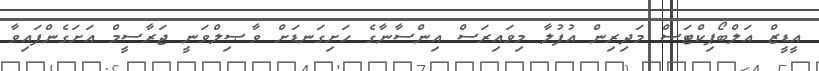
އީޑީޒް އަލްބޯޕިކްޓަސް މަދިރިން އުފުލާ މިވައިރަސް އިންސާނާގެ ހަށިގަނޑަށް ވާޞިލްވަނީ ޖަރާސީމް އަށަގެންފައިވާ